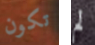
تكون لم